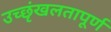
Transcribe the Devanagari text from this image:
उच्छृंखलतापूर्ण